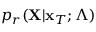
p _ { r } ( \mathbf { X } | \mathbf { x } _ { T } ; \Lambda )